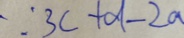
\because 3 c + d - 2 a